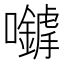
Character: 𡅈